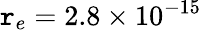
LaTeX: \mathtt{r}_{e}=2.8\times10^{-15}